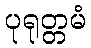
ပုရုတ္တမံ